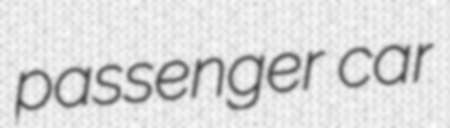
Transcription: passenger car